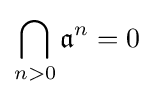
\bigcap _{n>0}{{\mathfrak {a}}^{n}}=0